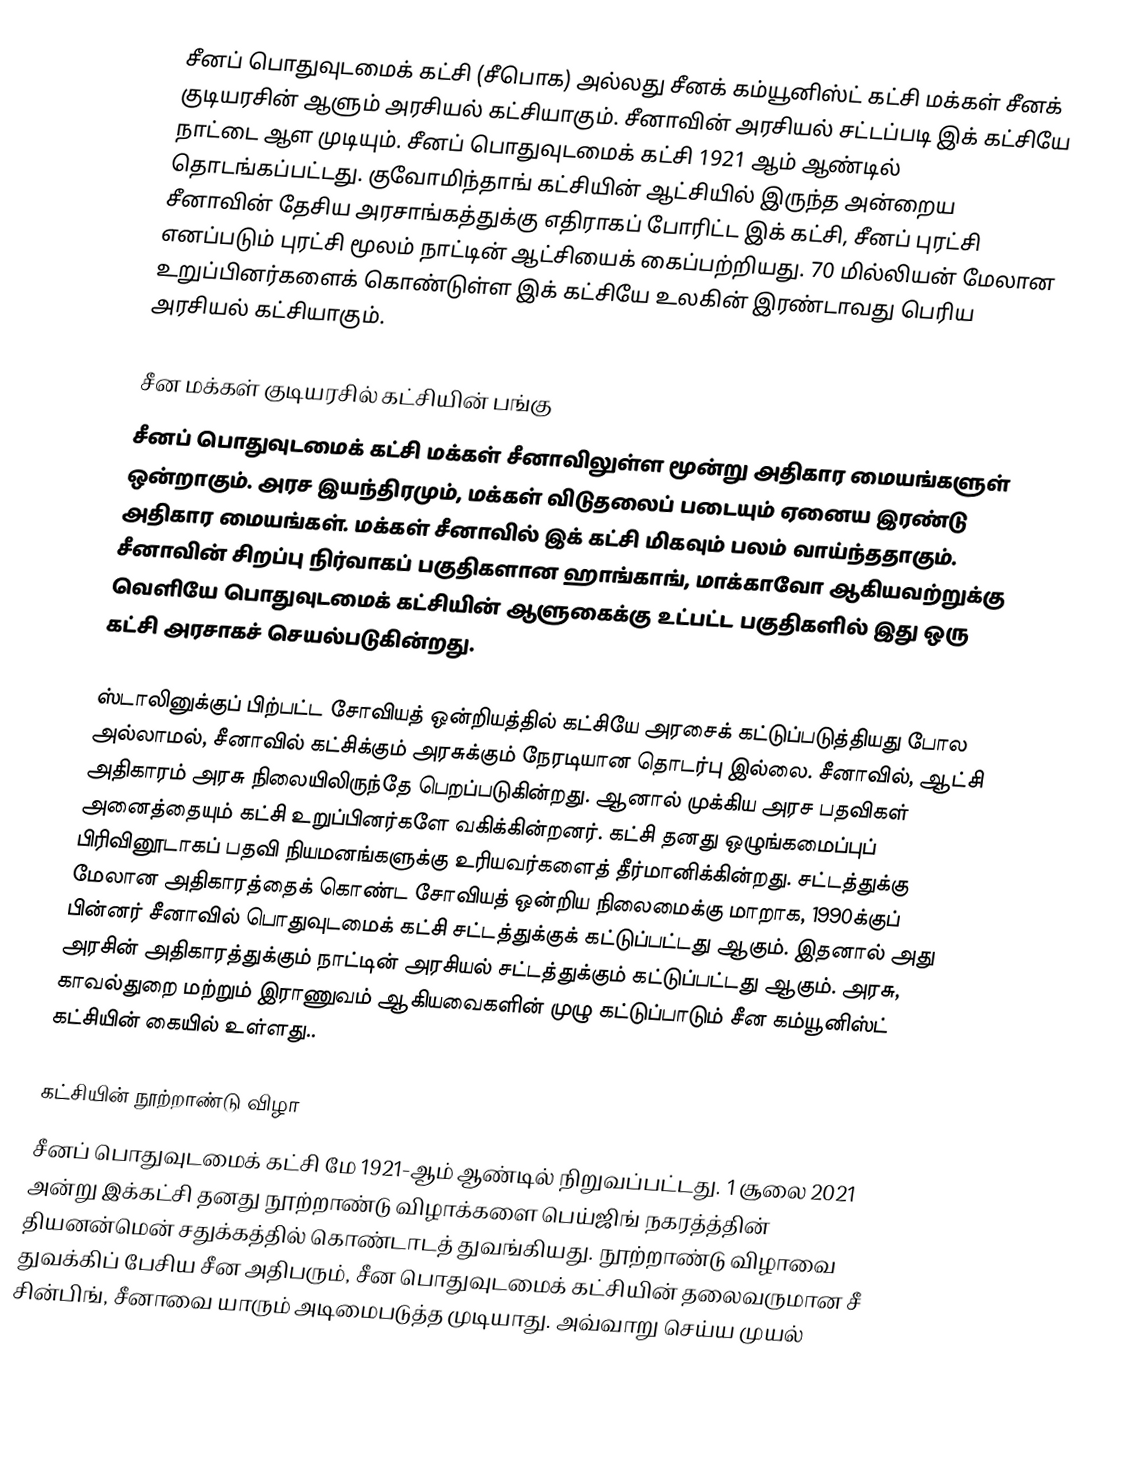
சீனப் பொதுவுடமைக் கட்சி (சீபொக) அல்லது சீனக் கம்யூனிஸ்ட் கட்சி மக்கள் சீனக் குடியரசின் ஆளும் அரசியல் கட்சியாகும். சீனாவின் அரசியல் சட்டப்படி இக் கட்சியே நாட்டை ஆள முடியும். சீனப் பொதுவுடமைக் கட்சி 1921 ஆம் ஆண்டில் தொடங்கப்பட்டது. குவோமிந்தாங் கட்சியின் ஆட்சியில் இருந்த அன்றைய சீனாவின் தேசிய அரசாங்கத்துக்கு எதிராகப் போரிட்ட இக் கட்சி, சீனப் புரட்சி எனப்படும் புரட்சி மூலம் நாட்டின் ஆட்சியைக் கைப்பற்றியது. 70 மில்லியன் மேலான உறுப்பினர்களைக் கொண்டுள்ள இக் கட்சியே உலகின் இரண்டாவது பெரிய அரசியல் கட்சியாகும்.

சீன மக்கள் குடியரசில் கட்சியின் பங்கு
சீனப் பொதுவுடமைக் கட்சி மக்கள் சீனாவிலுள்ள மூன்று அதிகார மையங்களுள் ஒன்றாகும். அரச இயந்திரமும், மக்கள் விடுதலைப் படையும் ஏனைய இரண்டு அதிகார மையங்கள். மக்கள் சீனாவில் இக் கட்சி மிகவும் பலம் வாய்ந்ததாகும். சீனாவின் சிறப்பு நிர்வாகப் பகுதிகளான ஹாங்காங், மாக்காவோ ஆகியவற்றுக்கு வெளியே பொதுவுடமைக் கட்சியின் ஆளுகைக்கு உட்பட்ட பகுதிகளில் இது ஒரு கட்சி அரசாகச் செயல்படுகின்றது.

ஸ்டாலினுக்குப் பிற்பட்ட சோவியத் ஒன்றியத்தில் கட்சியே அரசைக் கட்டுப்படுத்தியது போல அல்லாமல், சீனாவில் கட்சிக்கும் அரசுக்கும் நேரடியான தொடர்பு இல்லை. சீனாவில், ஆட்சி அதிகாரம் அரசு நிலையிலிருந்தே பெறப்படுகின்றது. ஆனால் முக்கிய அரச பதவிகள் அனைத்தையும் கட்சி உறுப்பினர்களே வகிக்கின்றனர். கட்சி தனது ஒழுங்கமைப்புப் பிரிவினூடாகப் பதவி நியமனங்களுக்கு உரியவர்களைத் தீர்மானிக்கின்றது. சட்டத்துக்கு மேலான அதிகாரத்தைக் கொண்ட சோவியத் ஒன்றிய நிலைமைக்கு மாறாக, 1990க்குப் பின்னர் சீனாவில் பொதுவுடமைக் கட்சி சட்டத்துக்குக் கட்டுப்பட்டது ஆகும். இதனால் அது அரசின் அதிகாரத்துக்கும் நாட்டின் அரசியல் சட்டத்துக்கும் கட்டுப்பட்டது ஆகும். அரசு, காவல்துறை மற்றும் இராணுவம் ஆகியவைகளின் முழு கட்டுப்பாடும் சீன கம்யூனிஸ்ட் கட்சியின் கையில் உள்ளது..

கட்சியின் நூற்றாண்டு விழா
சீனப் பொதுவுடமைக் கட்சி மே 1921-ஆம் ஆண்டில் நிறுவப்பட்டது. 1 சூலை 2021 அன்று இக்கட்சி தனது நூற்றாண்டு விழாக்களை பெய்ஜிங் நகரத்த்தின் தியனன்மென் சதுக்கத்தில் கொண்டாடத் துவங்கியது. நூற்றாண்டு விழாவை துவக்கிப் பேசிய சீன அதிபரும், சீன பொதுவுடமைக் கட்சியின் தலைவருமான சீ சின்பிங், சீனாவை யாரும் அடிமைபடுத்த முடியாது. அவ்வாறு செய்ய முயல்